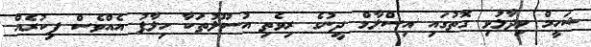
ޝަހީމް ވިދާޅުވި ގޮތުގައި އިސްލާމް ދީނުގެ ރިވެތި އުސޫލުތަކާ ހިލާފު އެއްވެސް ފިކުރެއް